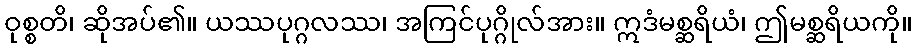
ဝုစ္စတိ၊ ဆိုအပ်၏။ ယဿပုဂ္ဂလဿ၊ အကြင်ပုဂ္ဂိုလ်အား။ ဣဒံမစ္ဆရိယံ၊ ဤမစ္ဆရိယကို။